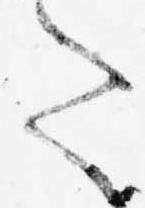
た